Report of the Indian Hemp Drugs Commission, 1894-1895 - Volume VI
Year: 1894
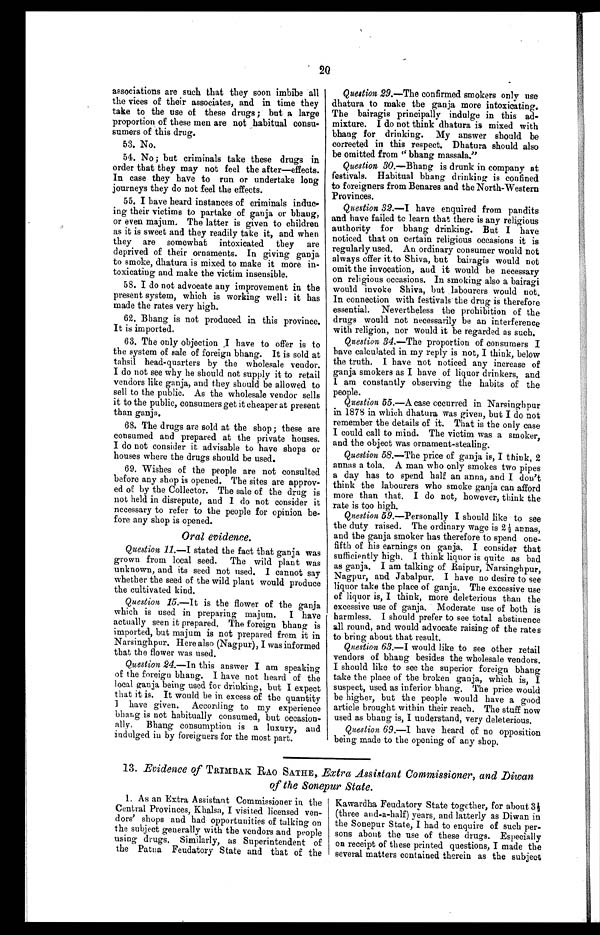
2
0
associations are such that they soon imbibe all
the vices of their associates, and in time they
take to the use of these drugs; but a large
proportion of these men are not habitual consu-
sumers of this drug.
53. No.
54. No; but criminals take these drugs in
order that they may not feel the after—effects.
In case they have to run or undertake long
journeys they do not feel the effects.
55. I have heard instances of criminals induc--
ing their victims to partake of ganja or bhang,
or even majum. The latter is given to children
as it is sweet and they readily take it, and when
they are somewhat intoxicated they are
deprived of their ornaments. In giving ganja
to smoke, dhatura is mixed to make it more in-
toxicating and make the victim insensible.
58. I do not advocate any improvement in the
present system, which is working well: it has
made the rates very high.
62. Bhang is not produced in this province.
It is imported.
63. The only objection I have to offer is to
the system of sale of foreign bhang. It is sold at
tahsil head-quarters by the wholesale vendor.
I do not see why he should not supply it to retail
vendors like ganja, and they should be allowed to
sell to the public. As the wholesale vendor sells
it to the public, consumers get it cheaper at present
than ganja.
68. The drugs are sold at the shop; these are
consumed and prepared at the private houses.
I do not consider it advisable to have shops or
houses where the drugs should be used.
69. Wishes of the people are not consulted
before any shop is opened. The sites are approv-
ed of by the Collector. The sale of the drug is
not held in disrepute, and I do not consider it
necessary to refer to the people for opinion be-
fore any shop is opened.
Oral evidence.
Question 11.—I stated the fact that ganja was
grown from local seed. The wild plant was
unknown, and its seed not used. I cannot say
whether the seed of the wild plant would produce
the cultivated kind.
Question 15.—It is the flower of the ganja
which is used in preparing majum. I have
actually seen it prepared. The foreign bhang is
imported, but majum is not prepared from it in
Narsinghpur. Here also (Nagpur), I was informed
that the flower was used.
Question 24.—In this answer I am speaking
of the foreign bhang. I have not heard of the
local ganja being used for drinking, but I expect
that it is. It would be in excess of the quantity
I have given. According to my experience
bhang is not habitually consumed, but occasion-
ally. Bhang consumption is a luxury, and
indulged iu by foreiguers for the most part.
Question 29.—The confirmed smokers only use
dhatura to make the ganja more intoxicating.
The bairagis principally indulge in this ad-
mixture. I do not think dhatura is mixed with
bhang for drinking. My answer should be
corrected in this respect. Dhatura should
a l s o
be omitted from " bhang massala."
Question 30.—Bhang is drunk in company at
festivals. Habitual bhang drinking is confined
to foreigners from Benares and the North-Western
Provinces.
Question 32.—I have enquired from pandits
and have failed to learn that there is any religious
authority for bhang drinking. But I have
noticed that on certain religious occasions it is
regularly used. An ordinary consumer would not
always offer it to Shiva, but bairagis would not
omit the invocation, and it would be necessary
on religious occasions. In smoking also a bairagi
would invoke Shiva, but labourers would not.
In connection with festivals the drug is therefore
essential. Nevertheless the prohibition of the
drugs would not necessarily be an interference
with religion, nor would it be regarded as such.
Question 34.—The proportion of consumers I
have calculated in my reply is not, I think, below
the truth. I have not noticed any increase of
ganja smokers as I have of liquor drinkers, and
I am constantly observing the habits of the
people.
Question 55.—A case cccurred in Narsinghpur
in 1878 in which dhatura was given, but I do not
remember the details of it. That is the only case
I could call to mind. The victim was a smoker,
and the object was ornament-stealing.
Question 58.—The price of ganja is, I think, 2
annas a tola. A man who only smokes two pipes
a day has to spend half an anna, and I don't
think the labourers who smoke ganja can afford
more than that. I do not, however, think the
rate is too high.
Question 59.—Personally I should like to see
the duty raised. The ordinary wage is 2½ annas,
and the ganja smoker has therefore to spend one-
fifth of his earnings on ganja. I consider that
sufficiently high. I think liquor is quite as bad
as ganja. I am talking of Raipur, Narsinghpur,
Nagpur, and Jabalpur. I have no desire to see
liquor take the place of ganja. The excessive use
of liquor is, I think, more deleterious than the
excessive use of ganja. Moderate use of both is
harmless. I should prefer to see total abstinence
all round, and would advocate raising of the rates
to bring about that result.
Question 63.—Iwould like to see other retail
vendors of bhang besides the wholesale vendors.
I should like to see the superior foreign bhang
take the place of the broken ganja, which is, I
suspect, used as inferior bhang. The price would
be higher, but the people would have a good
article brought within their reach. The stuff now
used as bhang is, I understand, very deleterious.
Question 69.-I have heard of no opposition
being made to the opening of any shop.
13. Evidence of TRIMBAK RAO SATHE, Extra Assistant Commissioner, and Diwan
of the Sonepur State.
1. As an Extra Assistant Commissioner in the
Central Provinces, Khalsa, I visited licensed ven--
dors' shops and had opportunities of talking on
the subject generally with the vendors and people
using drugs. Similarly, as Superintendent of
the Patna Feudatory State and that of the
Kawardha Feudatory State together, for about 3
½
(three and-a-half) years, and latterly as Diwan in
the Sonepur State, I had to enquire of such per-
sons about the use of these drugs. Especially
on receipt of these printed questions, I made the
several matters contained therein as the subject